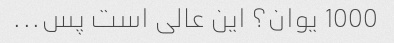
1000 یوان؟ این عالی است پس...